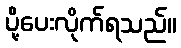
ပို့ပေးလိုက်ရသည်။